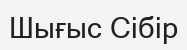
Шығыс Сібір